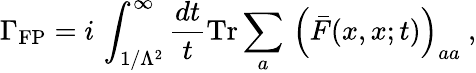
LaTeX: \Gamma_{\mathrm{FP}}=i\, \int_{1/\Lambda^{2}}^{\infty}\frac{dt}{t}\mathrm{Tr}\sum_{a}\, \left(\bar{F}(x,x;t)\right)_{aa}\ ,